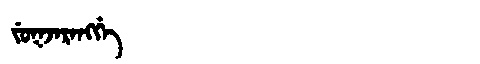
Manchu: ᠵᡠᡴᠵᠠᡵᠠᠩᡤᡝ
Romanization: JUKJARANGGE